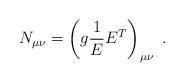
LaTeX: \begin{align*}N_{\mu\nu}=\left(g\frac{1}{E}E^{T}\right)_{\mu\nu}~.\end{align*}